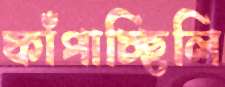
ফাঁপাচ্ছিলি